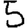
Digit: 5